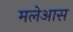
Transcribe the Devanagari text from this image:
मलेआस